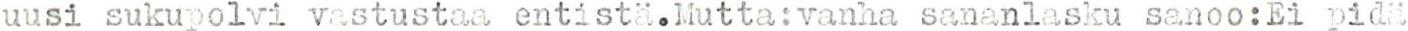
uusi sukupolvi vastustaa entistä.Mutta:vanha sananlasku sanoo:Ei pidä